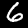
Digit: 6